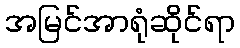
အမြင်အာရုံဆိုင်ရာ